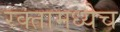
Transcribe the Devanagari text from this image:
रक्तामध्येच